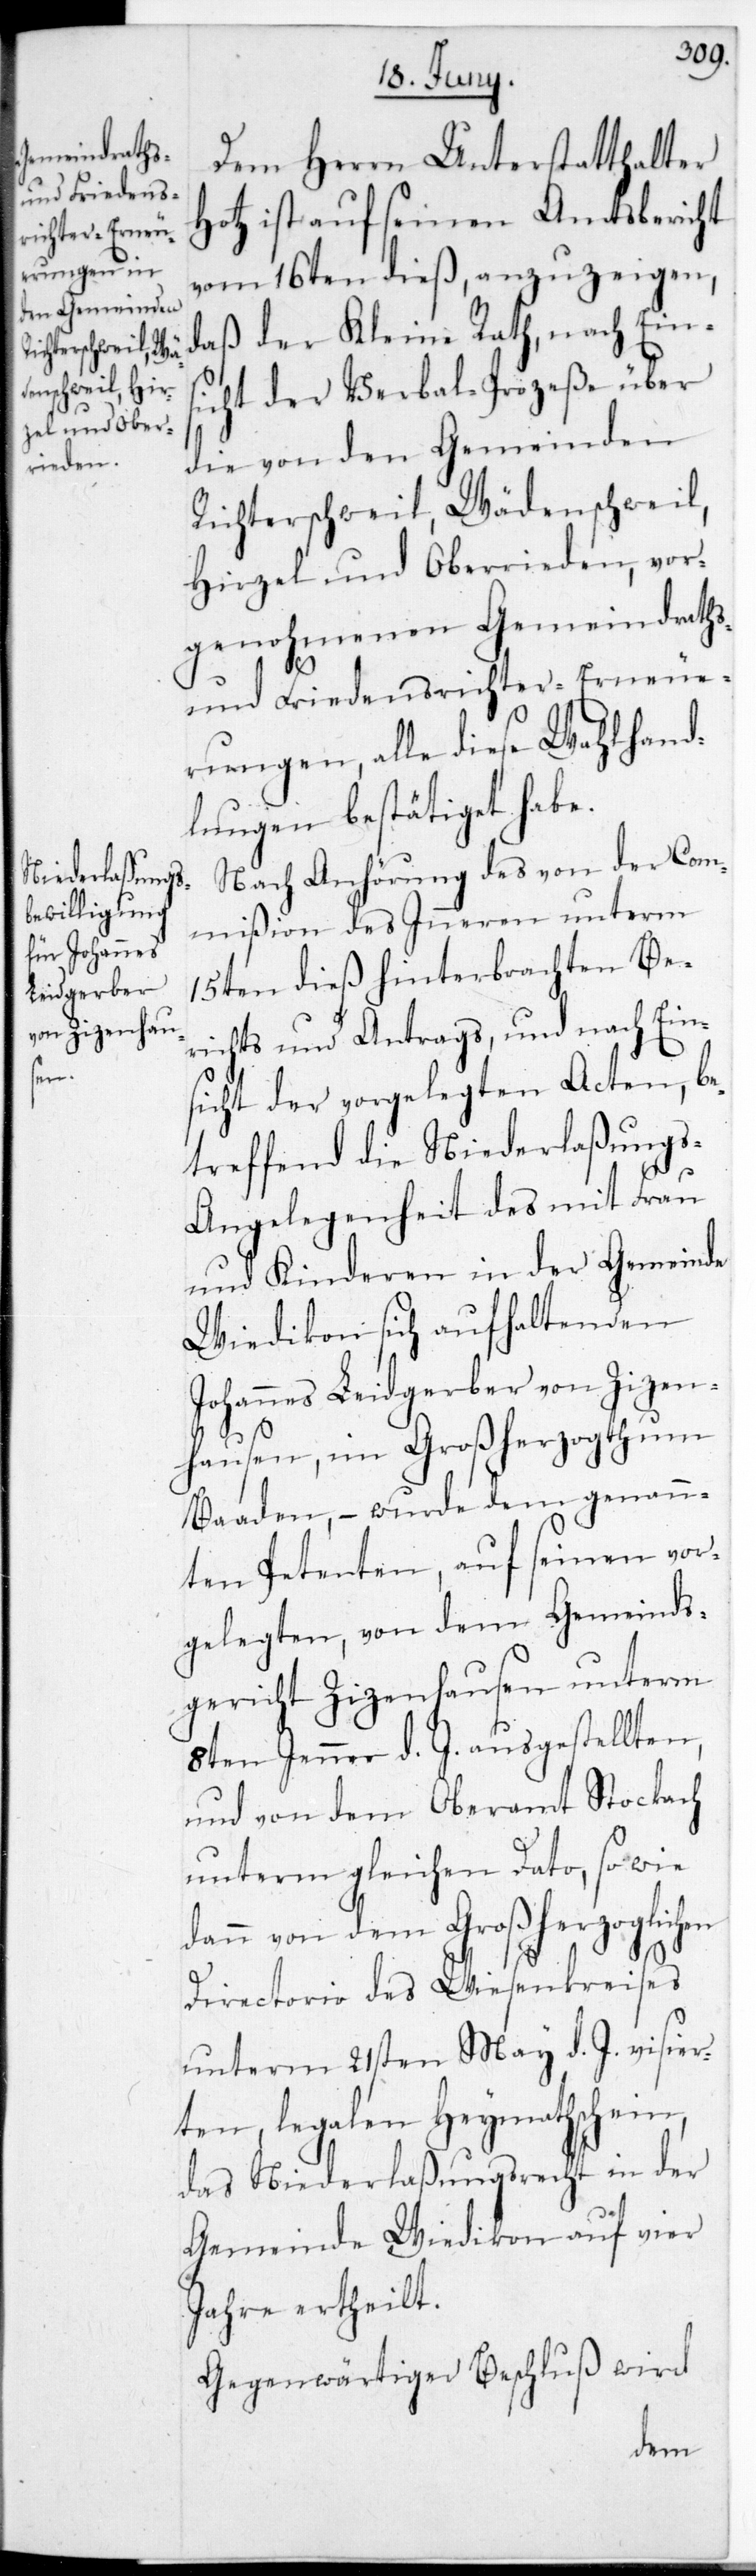
Dem Herrn Unterstatthalter
Hotz ist auf seinen Amtsbericht
vom 16ten dieß anzuzeigen,
daß der Kleine Rath, nach Eins¬
icht der Verbal-Prozeße über
die von den Gemeinden
Richterschweil, Wädenschweil,
Hirzel und Oberrieden, vor¬
genohmenen Gemeindraths-
und Friedensrichter-Erneue¬
rungen, alle diese Wahlhand¬
lungen bestätiget habe.
Nach Anhörung des von der Com¬
mißion des Inneren unterm
15ten dieß hinterbrachten Be¬
richts und Antrags, und nach Ein¬
sicht der vorgelegten Acten, be¬
treffend die Niederlaßung¬
s-Angelegenheit des mit Frau
und Kinderen in der Gemeinde
Wiedikon sich aufhaltenden
Johannes Leidgerber von Zizen¬
hausen, im Großherzogthum
Baaden, – wurde dem genann¬
ten Petenten, auf seinen vor¬
gelegten, von dem Gemeinds¬
gericht Zizenhausen unterm
8ten Jenner d. J. ausgestellten,
und von dem Oberamt Stockach
unterm gleichen Dato, sowie
dann von dem Großherzoglichen
Directorio des Wiesenkreises
unterm 21sten May d. J. visier¬
ten, legalen Heymathschein,
das Niederlaßungsrecht in der
Gemeinde Wiedikon auf vier
Jahre ertheilt.
Gegenwärtiger Beschluß wird